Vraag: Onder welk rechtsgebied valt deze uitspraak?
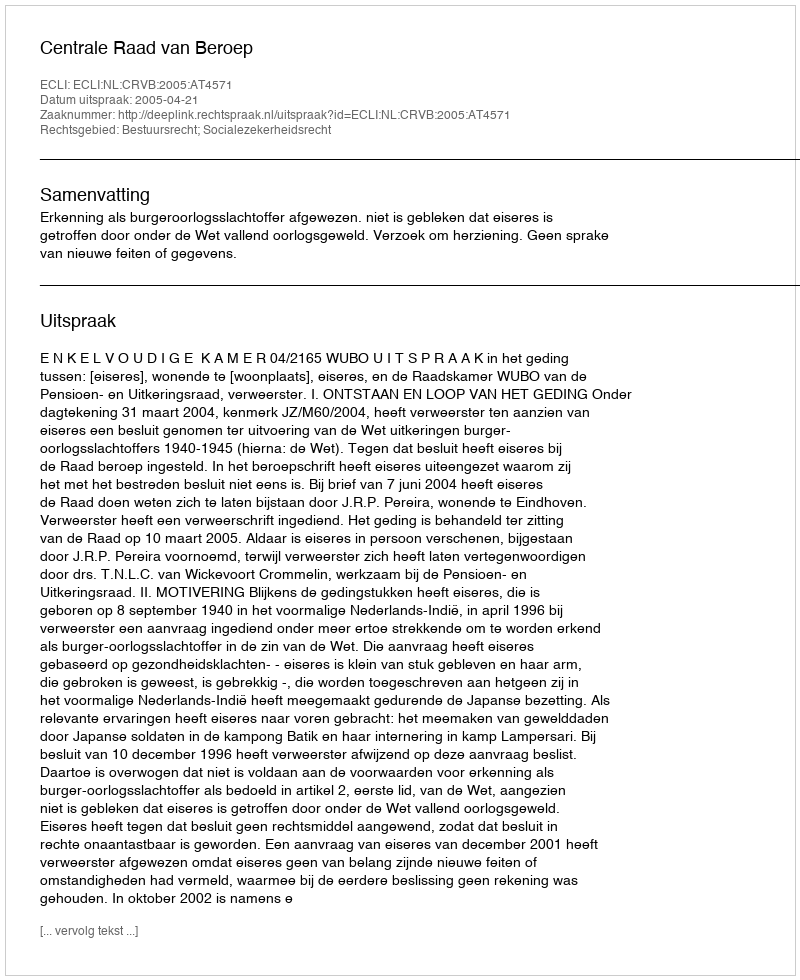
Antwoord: Bestuursrecht; Socialezekerheidsrecht